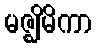
မဇ္ဈိမိကာ